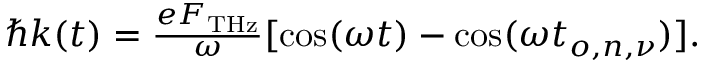
\begin{array} { r } { \hbar k ( t ) = \frac { e F _ { \mathrm { T H z } } } { \omega } [ \cos ( \omega t ) - \cos ( \omega t _ { o , n , \nu } ) ] . } \end{array}